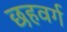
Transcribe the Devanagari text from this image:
छहवर्ग